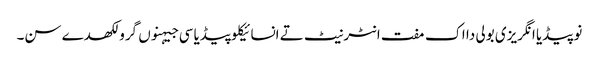
نوپیڈیا انگریزی بولی دا اک مفت انٹرنیٹ تے انسائیکلوپیڈیا سی جیہنوں گرو لکھدے سن۔